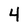
Character: 4